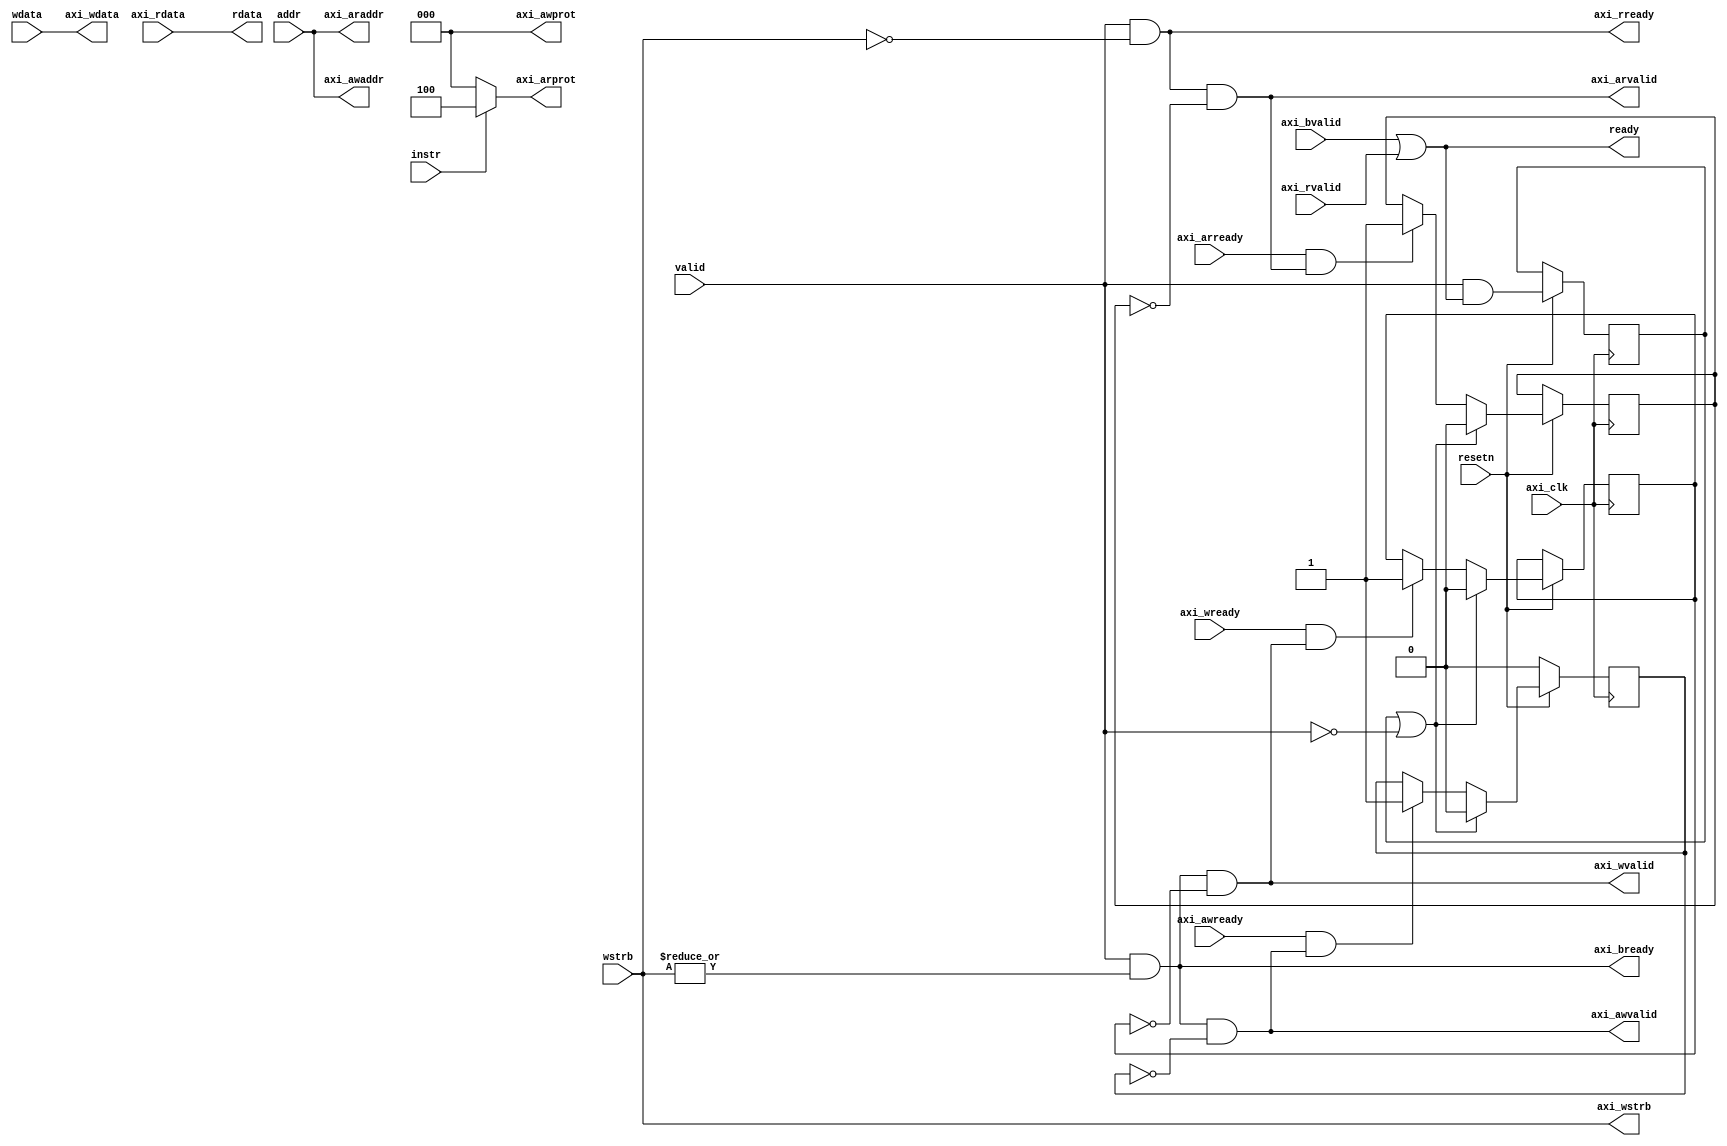
module AXI4_Lite_Interface 
(
	input  axi_clk, 
    input  resetn, // AXI is reset low

	output axi_awvalid,
	input  axi_awready,
	output [31 : 0] axi_awaddr,
	output [2  : 0] axi_awprot,

    // AXI4 Lite write logic signals
	output axi_wvalid,
	input  axi_wready,
	output [31 : 0] axi_wdata,
	output [3  : 0] axi_wstrb,

	input  axi_bvalid,
	output axi_bready,

    // AXI4 Lite write logic signals
	output axi_arvalid,
	input  axi_arready,
	output [31 : 0] axi_araddr,
	output [2  : 0] axi_arprot,

	input  axi_rvalid,
	output axi_rready,
	input  [31 : 0] axi_rdata,

	// Signals interacting with core
	input  valid,
	input  instr,
	output ready,
	input  [31 : 0] addr,
	input  [31 : 0] wdata,
	input  [3  : 0] wstrb,
	output [31 : 0] rdata
);
	reg ack_awvalid;
	reg ack_arvalid;
	reg ack_wvalid;
	reg response;

    // Write logic signal generation
	assign axi_awvalid = valid && |wstrb && !ack_awvalid;
	assign axi_awaddr = addr;
	assign axi_awprot = 0;
    assign axi_wvalid = valid && |wstrb && !ack_wvalid;
	assign axi_wdata = wdata;
	assign axi_wstrb = wstrb;
    // Read logic signal generation
	assign axi_arvalid = valid && !wstrb && !ack_arvalid;
	assign axi_araddr = addr;
	assign axi_arprot = instr ? 3'b100 : 3'b000;
	assign ready = axi_bvalid || axi_rvalid;
	assign axi_bready = valid && |wstrb;
	assign axi_rready = valid && !wstrb;
	assign rdata = axi_rdata;

	always @(posedge axi_clk) 
    begin
		if (!resetn) begin
			ack_awvalid <= 0;
		end else begin
			response <= valid && ready;
			if (axi_awready && axi_awvalid)
				ack_awvalid <= 1;
			if (axi_arready && axi_arvalid)
				ack_arvalid <= 1;
			if (axi_wready && axi_wvalid)
				ack_wvalid <= 1;
			if (response || !valid) 
            begin
				ack_awvalid <= 0;
				ack_arvalid <= 0;
				ack_wvalid <= 0;
			end
		end
	end

endmodule